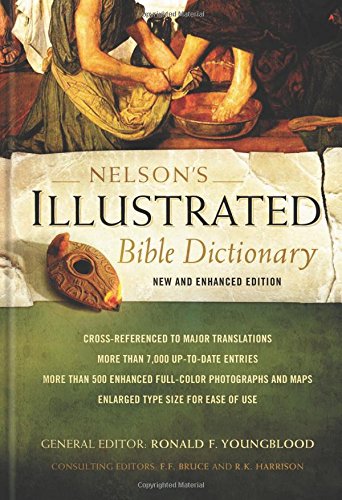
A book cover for Nelson's Illustrated Bible Dictionary: New and Enhanced Edition; Ronald F. Youngblood; Christian Books & Bibles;